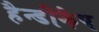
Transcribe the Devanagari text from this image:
हैन्डीकैप